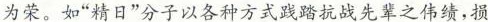
为荣。如”精日”分子以各种方式践踏抗战先辈之伟绩，损